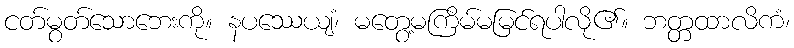
ငတ်မွတ်သောဘေးကို။ နပဿေယျံ၊ မတွေ့မကြိမ်မမြင်ရပါလို၏။ ဘတ္တထာလိကံ၊